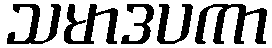
သမာဒပကာ